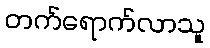
တက်ရောက်လာသူ